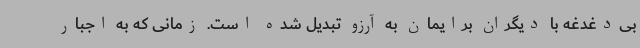
بی‌دغدغه با دیگران برایمان به آرزو تبدیل شده است. زمانی که به اجبار